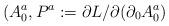
LaTeX: \begin{align*}(A^a_0, P^a := \partial L/\partial (\partial_0{A}^a_0 )\end{align*}